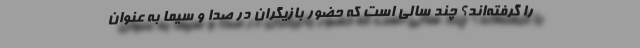
را گرفته‌اند؟ چند سالی است که حضور بازیگران در صدا و سیما به عنوان